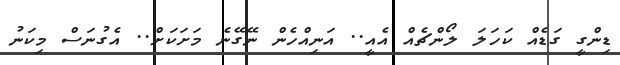
ޑިންގީ ގަޑެއް ކަހަލަ ލޯންޗެއް އެއީ.. އަނިއްހެން ނޭގޭނެ މަށަކަށް.. އެގުނަސް މިކަނު